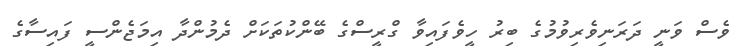
ވެސް ވަނީ ދަރަނިވެރިވުމުގެ ބިރު ހީވެފައިވާ ގްރީސްގެ ބޭންކުތަކަށް ދެމުންދާ އިމަޖެންސީ ފައިސާގެ